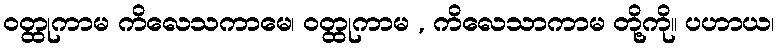
ဝတ္ထုကာမ ကိလေသကာမေ၊ ဝတ္ထုကာမ , ကိလေသာကာမ တို့ကို။ ပဟာယ၊